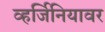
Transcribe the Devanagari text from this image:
व्हर्जिनियावर